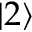
| 2 \rangle